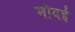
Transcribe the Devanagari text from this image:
मोदई